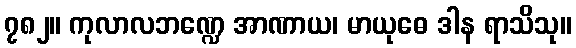
၇၈၂။ ကုလာလဘဏ္ဍေ အာဏာယ၊ မာယုဓေ ဒါန ရာသိသု။